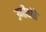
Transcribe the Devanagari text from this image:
उणीवांचे